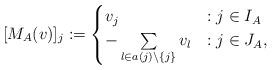
LaTeX: \begin{align*}[M_A (v)]_j :=\begin{cases}v_j &: j \in I_A\\- \sum\limits_{ l \in a (j) \setminus \{ j \} } v_l &: j \in J_A,\end{cases}\end{align*}